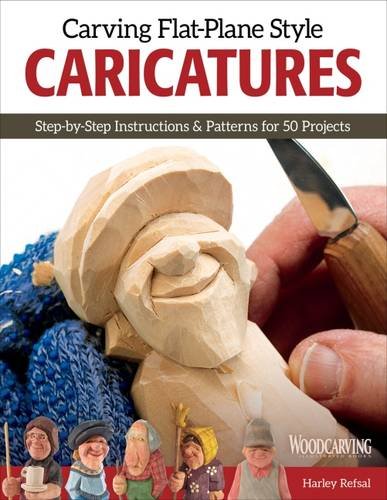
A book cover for Carving Flat-Plane Style Caricatures; Harley Refsal; Crafts, Hobbies & Home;